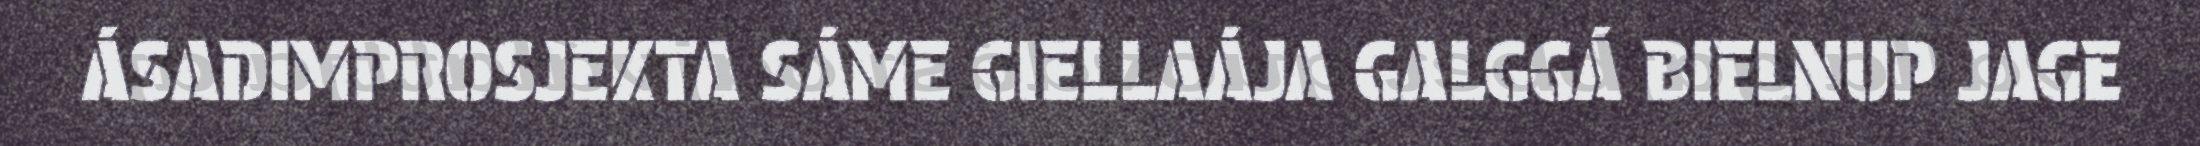
ÁSADIMPROSJEKTA SÁME GIELLAÁJA GALGGÁ BIELNUP JAGE